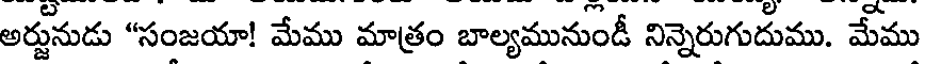
అర్జునుడు "సంజయా! మేము మాత్రం బాల్యమునుండీ నిన్నెరుగుదుము. మేము